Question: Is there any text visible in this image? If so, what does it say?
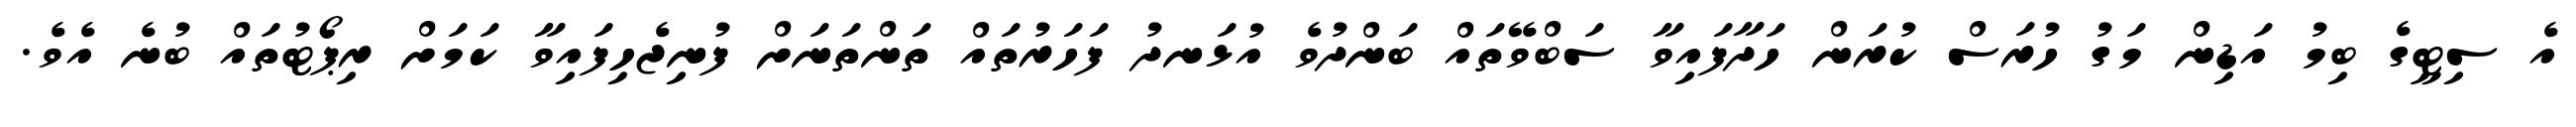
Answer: އެ ސިޓީގެ ބިމު އަޑިން މަގު ހުރަސް ކުރަން ހަދާފައިވާ ސަބްވޭތައް ބަންދުވެ އުޅަނދު ފަހަރުތައް ތަންތަނަށް ފުނިޖެހިފައިވާ ކަމަށް ރިޕޯޓުތައް ބުނެ އެވެ.